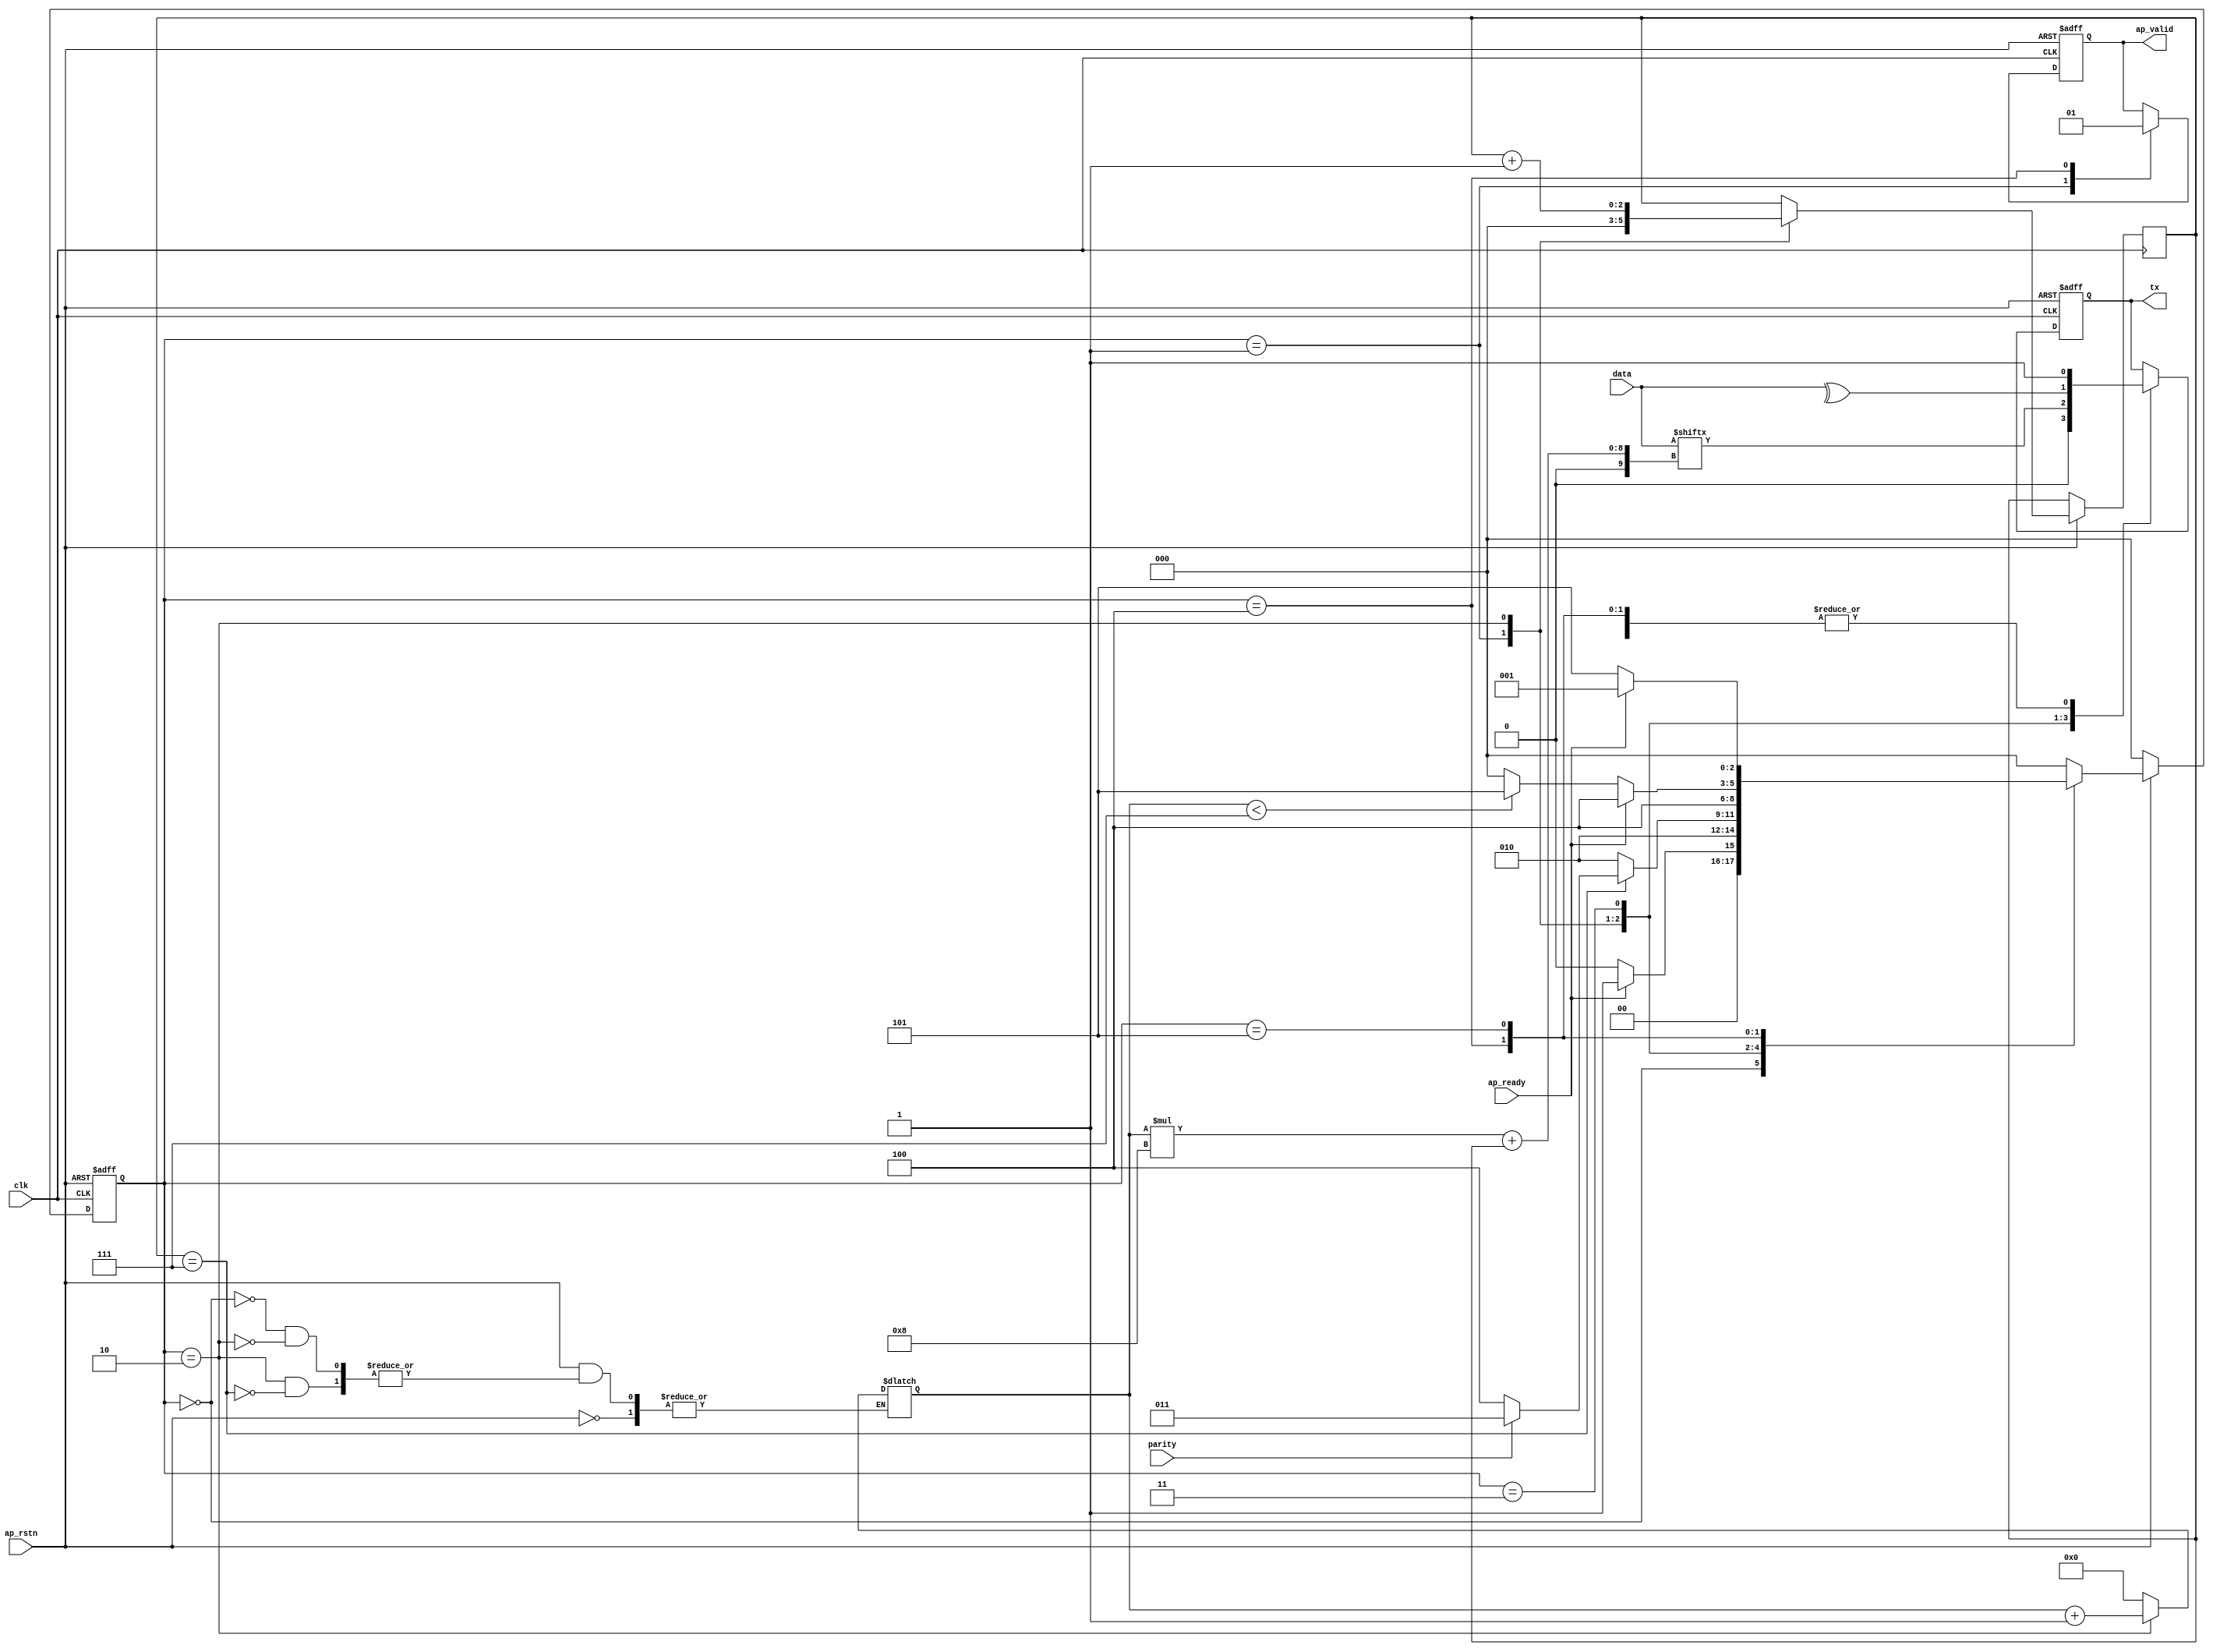
module uart_tx(
    input   clk,
    input   ap_rstn,
    input   ap_ready,       //
    output  reg ap_valid,   //Task has finished / Idle
    output  reg tx,
    input   parity,
    input  [63:0] data
);

localparam  FSM_IDLE = 3'b000,
            FSM_STAR = 3'b001,
            FSM_TRSF = 3'b010,
            FSM_PARI = 3'b011,
            FSM_STOP = 3'b100,
            FSM_LOOP = 3'b101;
            

reg [2:0] fsm_statu;
reg [2:0] fsm_next;
reg [2:0] cnter;
reg [3:0] byte_cntr;
//assign rgb_led = fsm_statu;

//fsm statu transfer;
always @(posedge clk, negedge ap_rstn) begin
    if (!ap_rstn)begin
        fsm_statu <= FSM_IDLE;
    end else begin
        fsm_statu <= fsm_next;
    end
end

//fsm conditional transfer;
always @(*)begin
    if(!ap_rstn)begin
        fsm_next <= FSM_IDLE;
    end else begin
        case(fsm_statu)
            FSM_IDLE:begin 
                fsm_next <= (ap_ready) ? FSM_STAR : FSM_IDLE;
                byte_cntr <= 0;
            end
            FSM_STAR: begin
                fsm_next <= FSM_TRSF;
            end
            FSM_TRSF:begin 
                if (cnter == 3'h7) begin
                    byte_cntr <= byte_cntr + 1;
                    fsm_next <= parity ? FSM_PARI : FSM_STOP;
                end else fsm_next <= FSM_TRSF;
            end
            FSM_PARI: fsm_next <= FSM_STOP;
            FSM_STOP:begin 
                fsm_next <= (ap_ready) ? FSM_STOP : (byte_cntr < 4'h7) ? FSM_LOOP : FSM_IDLE;
            end
            FSM_LOOP: begin
                fsm_next <= (ap_ready) ? FSM_STAR : FSM_LOOP;
            end
            default: fsm_next <= FSM_IDLE;
        endcase
    end
end


//fsm - output
always @(posedge clk, negedge ap_rstn)begin
    if(!ap_rstn)begin
        ap_valid <= 1'b0;
        tx <= 1'b1;
    end else begin
    case (fsm_statu)
            FSM_IDLE: begin
                tx <= 1'b1;
            end
            FSM_STAR: begin 
                ap_valid <= 1'b0;
                tx <= 1'b0;
                cnter <= 3'h0;
            end
            FSM_TRSF: begin
                tx <= data[byte_cntr*8+cnter];
                cnter <= cnter + 1'b1;
            end
            FSM_PARI: tx <= (^data); //Parity Check - ODD Check;
            FSM_STOP: begin
                tx <= 1'b1;         //Stop Bit;
                ap_valid <= 1'b1;
            end
            FSM_LOOP: begin 
                tx <= 1'b1;
            end
        endcase
    end
end

endmodule